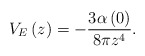
\begin{align*}V_{E}\left( z\right) =-\frac{3\alpha \left( 0\right) }{8\pi z^{4}}.\end{align*}